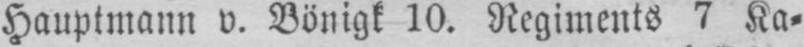
Hauptmann v. Bönigt 10. Regiments 7 Ka⸗